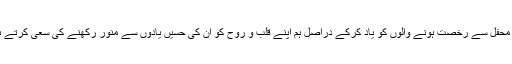
اپنی محفل سے رخصت ہونے والوں کو یاد کرکے دراصل ہم اپنے قلب و روح کو ان کی حسیں یادوں سے منور رکھنے کی سعی کرتے ہیں ۔